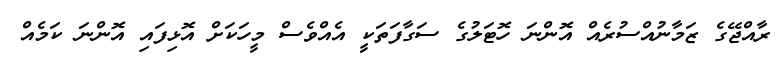
ރާއްޖޭގެ ޒަމާނުއްސުރެއް އޮންނަ ހޮޓަލުގެ ސަގާފަތަކީ އެއްވެސް މީހަކަށް އޮޅިފައި އޮންނަ ކަމެއް